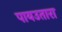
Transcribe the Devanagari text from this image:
पायउतारा